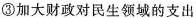
③加大财政对民生领域的支出